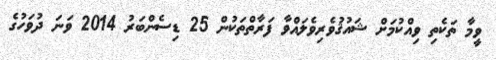
ވީމާ ތަކެތި ވިއްކުމަށް ޝައުޤުވެރިވެލައްވާ ފަރާތްތަކުން 25 ޑިސެންބަރު 2014 ވަނަ ދުވަހުގެ